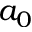
a _ { 0 }